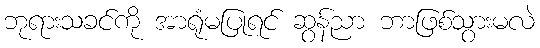
ဘုရားသခင်ကို အာရုံမပြုရင် ဆွန်ညာ ဘာဖြစ်သွားမလဲ